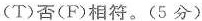
(T)否(F)相符。(5分)